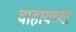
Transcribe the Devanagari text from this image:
वाहायच्या